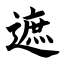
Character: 遮